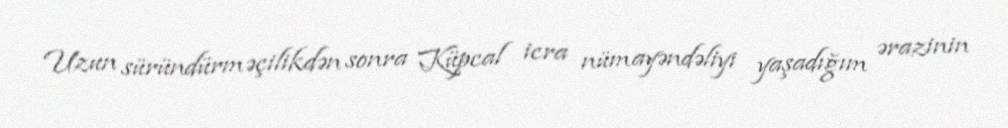
Uzun süründürməçilikdən sonra Küpcal icra nümayəndəliyi yaşadığım ərazinin